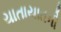
યાતાયાતની